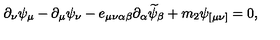
\partial _ { \nu } \psi _ { \mu } - \partial _ { \mu } \psi _ { \nu } - e _ { \mu \nu \alpha \beta } \partial _ { \alpha } \widetilde { \psi } _ { \beta } + m _ { 2 } \psi _ { [ \mu \nu ] } = 0 ,